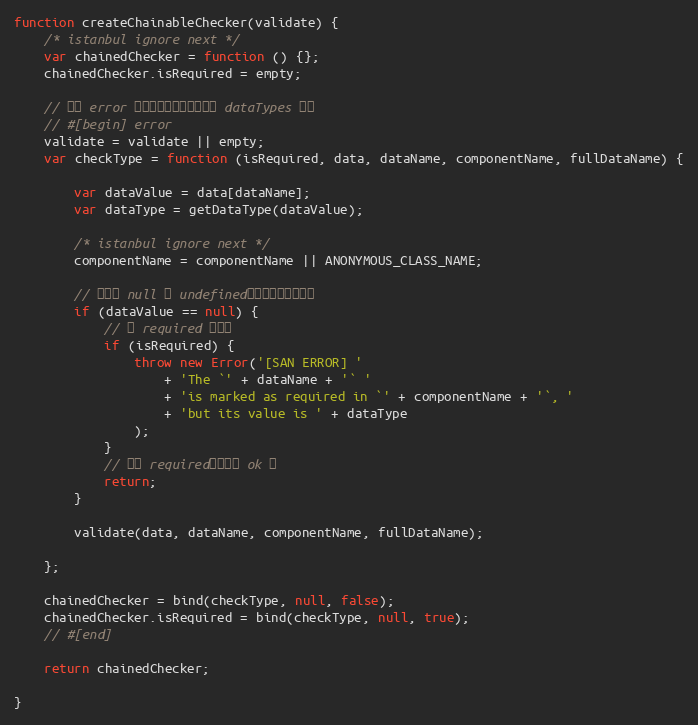
Language: JavaScript
function createChainableChecker(validate) {
    /* istanbul ignore next */
    var chainedChecker = function () {};
    chainedChecker.isRequired = empty;

    // 只在 error 功能启用时才有实际上的 dataTypes 检测
    // #[begin] error
    validate = validate || empty;
    var checkType = function (isRequired, data, dataName, componentName, fullDataName) {

        var dataValue = data[dataName];
        var dataType = getDataType(dataValue);

        /* istanbul ignore next */
        componentName = componentName || ANONYMOUS_CLASS_NAME;

        // 如果是 null 或 undefined，那么要提前返回啦
        if (dataValue == null) {
            // 是 required 就报错
            if (isRequired) {
                throw new Error('[SAN ERROR] '
                    + 'The `' + dataName + '` '
                    + 'is marked as required in `' + componentName + '`, '
                    + 'but its value is ' + dataType
                );
            }
            // 不是 required，那就是 ok 的
            return;
        }

        validate(data, dataName, componentName, fullDataName);

    };

    chainedChecker = bind(checkType, null, false);
    chainedChecker.isRequired = bind(checkType, null, true);
    // #[end]

    return chainedChecker;

}